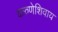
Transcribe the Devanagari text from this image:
करुणेशिवाय